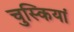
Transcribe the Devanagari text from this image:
चुस्कियां